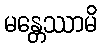
မန္တေဿာမိ